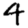
Digit: 4